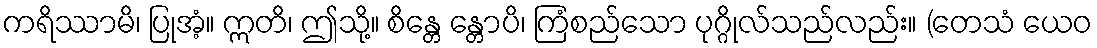
ကရိဿာမိ၊ ပြုအံ့။ ဣတိ၊ ဤသို့။ စိန္တေ န္တောပိ၊ ကြံစည်သော ပုဂ္ဂိုလ်သည်လည်း။ (တေသံ ယေဝ